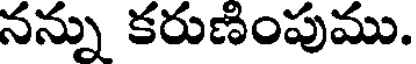
నన్ను కరుణింపుము.